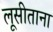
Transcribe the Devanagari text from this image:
लूसीताना